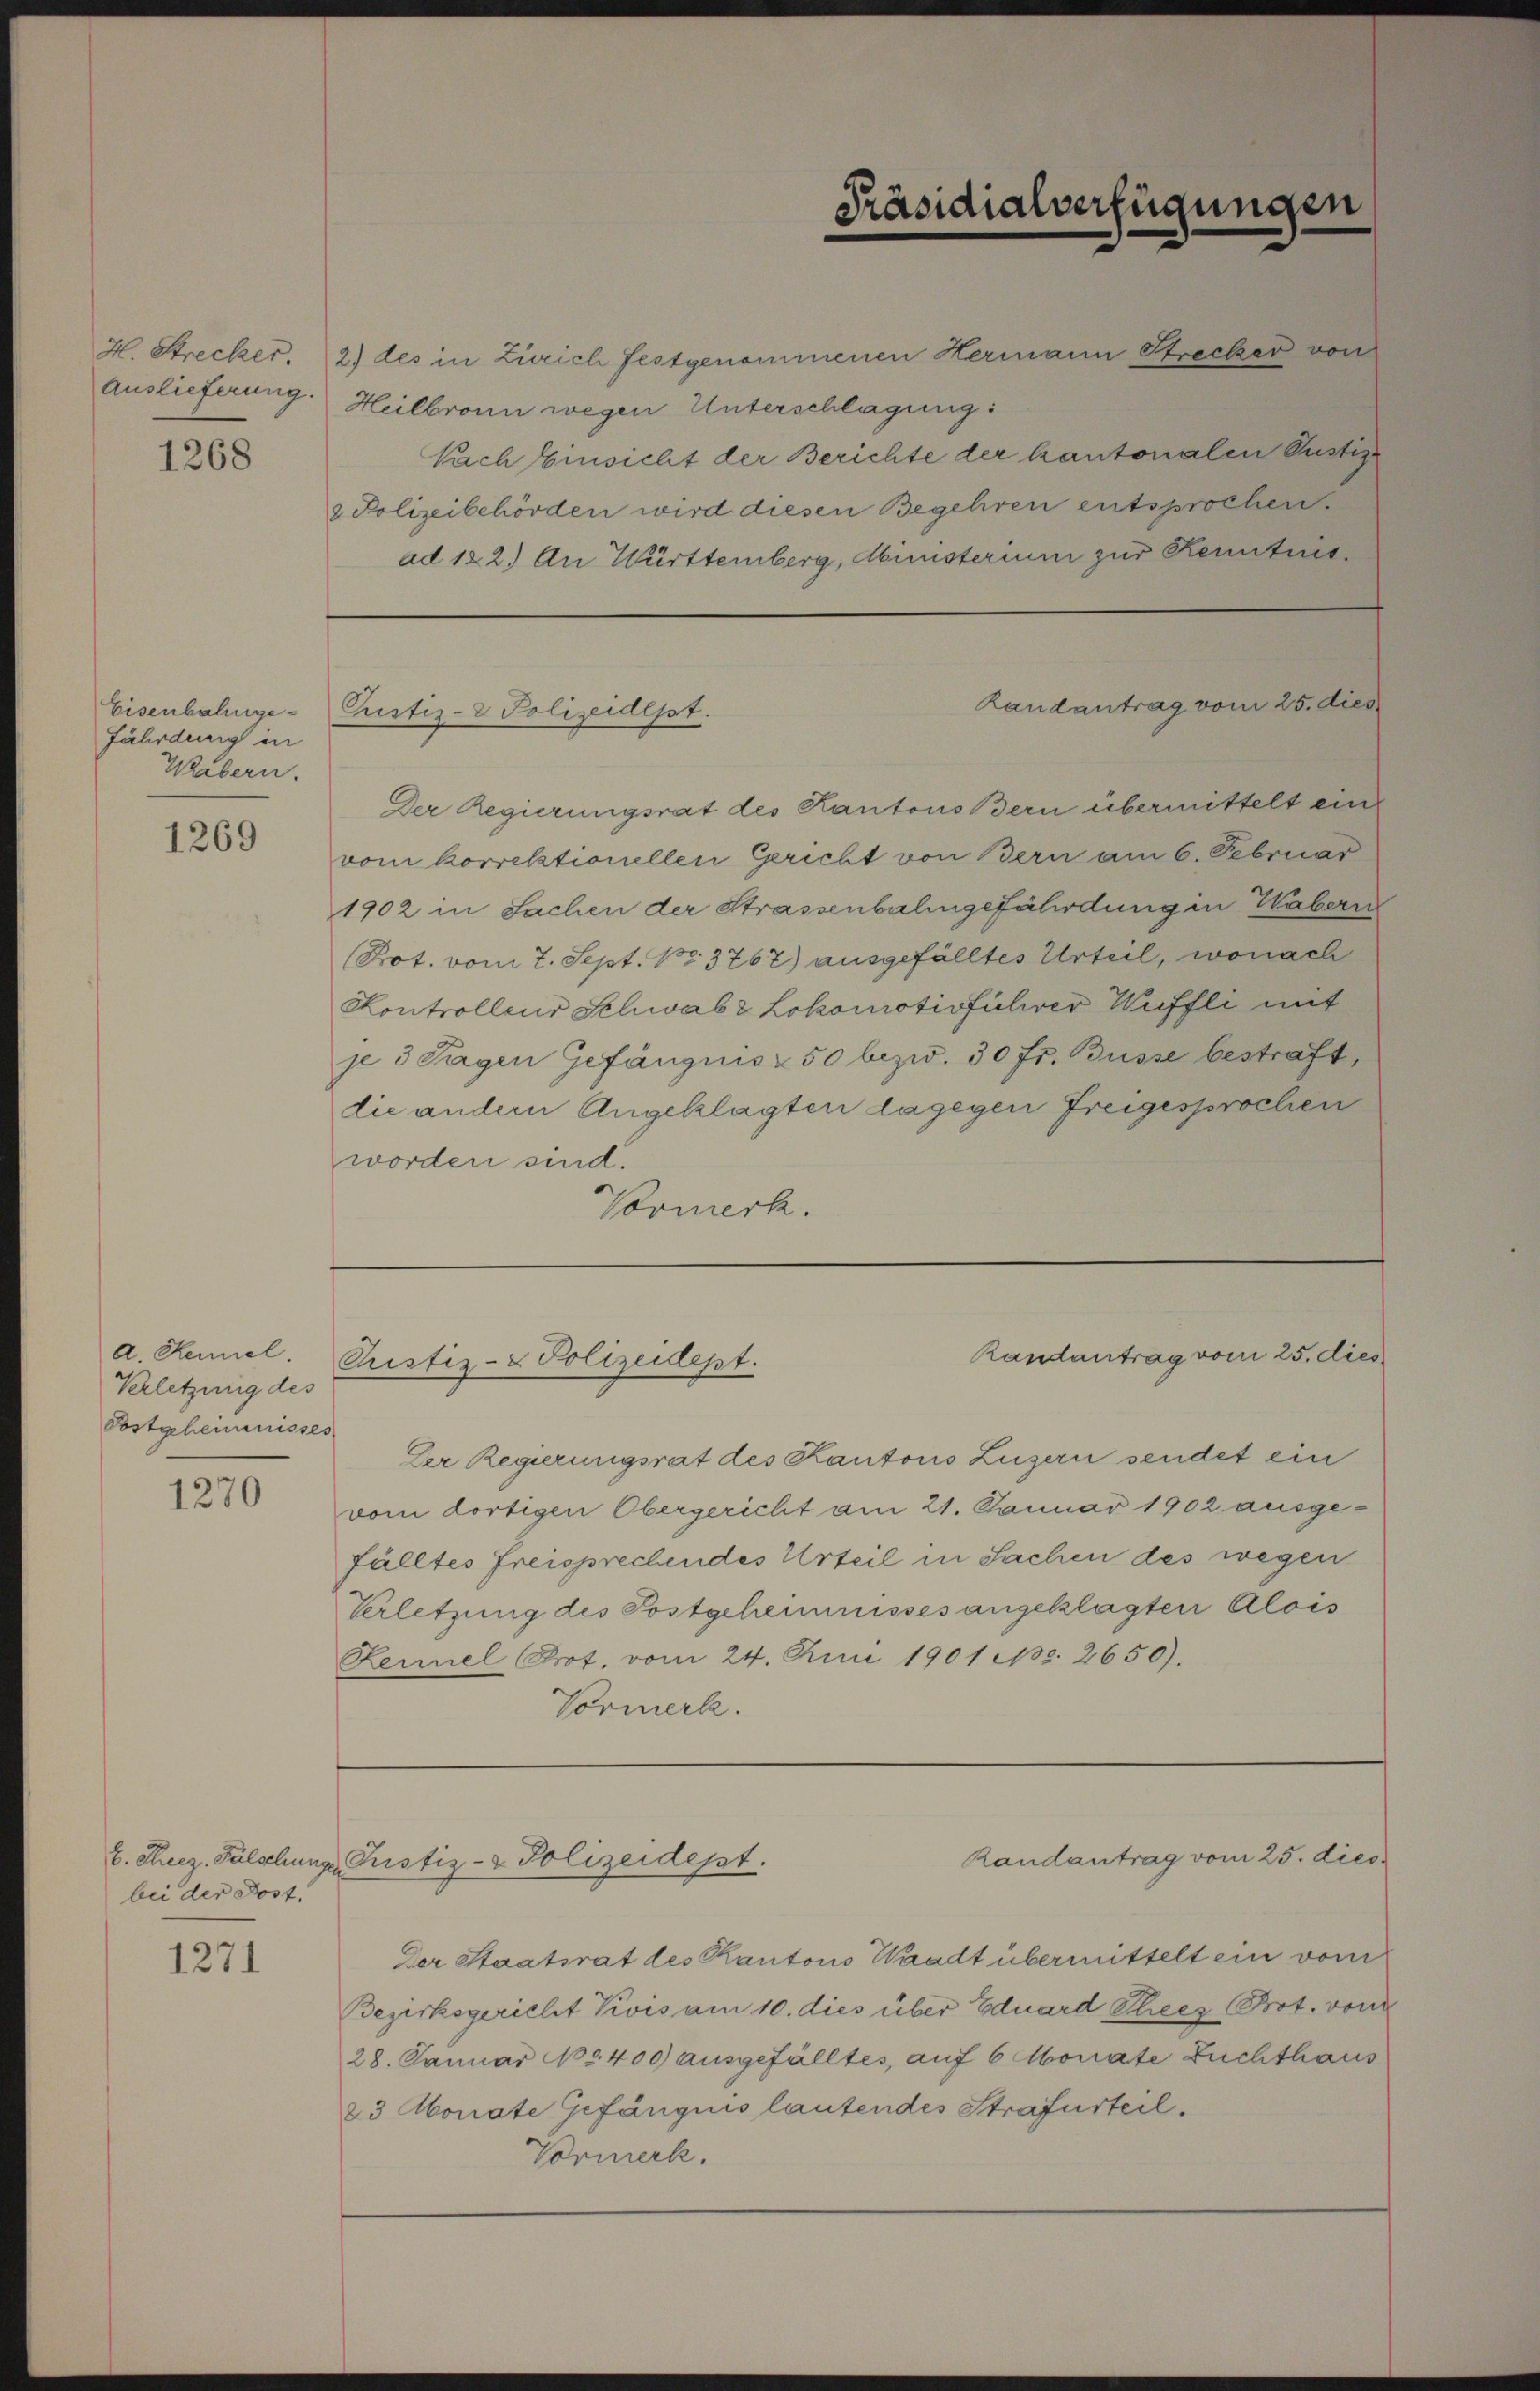
Auslieferung.

1268

Eisenbahngefährdung in
Wäbern.

1269

Verletzung des
Postgeheimnisses

1270

bei der Post.

1271

Der Regierungsrat des Kantons Bern übermittelt ein
vom korrektionellen Gericht von Bern am 6. Februar
1902 in Sachen der Strassenbahngefährdung in Wabern
(Not. vom 7. Sept. 103767) ausgefälltes Urteil, wonach
Kontrollens Schwab & Lokomotivführer Wuffli mit
je 3 Tagen Gefängnis u 50 bezw. 30 fr. Büsse bestraft,
die andern Angeklagten dagegen freigesprochen
worden sind.
Vormerk.

Der Regierungsrat des Kantons Luzern sendet ein
vom dortigen Obergericht am 21. Januar 1902 ausge-
fälltes freisprechendes Urteil in Sachen des wegen
Verletzung des Postgeheimnisses angeklagten Alois
Rennel (Prot. vom 24. Juni 1901 Nr. 2650).
Vormerk.

H. Strecker. 2) des in Zürich festgenommenen Hermann Strecker von
Heilbronn wegen Unterschlagung:
Nach Einsicht der Berichte der kantonalen Pustiz
& Polizeibehörden wird diesen Begehren entsprochen.
ad 122.) An Württemberg, Ministerium zur Kenntnis.

Pustiz- & Polizeidept.

a. Rennel. Pustiz- & Polizeidept.

Präsidialverfügungen

Landantrag vom 25. dies

Randantrag vom 25. dies

Randantrag vom 25. dies

b. Theez. Fälschung Pustiz- & Polizeidept.
Der Staatsrat des Kantons Waadt übermittelt ein vom
Bezirksgericht Kois am 10. dies über Eduard Thees (Bot. von
28. Januar 18400 ausgefälltes, auf 6 Monate Zuchthaus
23 Monate Gefängnis lautendes Strafurteil.
Vormerk.